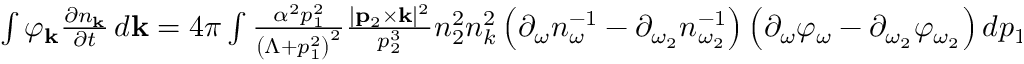
\begin{array} { r } { \int \varphi _ { \bf k } \frac { \partial n _ { \bf k } } { \partial t } \, d { \bf k } = 4 \pi \int \frac { \alpha ^ { 2 } p _ { 1 } ^ { 2 } } { \left( \Lambda + p _ { 1 } ^ { 2 } \right) ^ { 2 } } \frac { | { \bf p } _ { 2 } \times { \bf k } | ^ { 2 } } { p _ { 2 } ^ { 3 } } n _ { 2 } ^ { 2 } n _ { k } ^ { 2 } \left( \partial _ { \omega } n _ { \omega } ^ { - 1 } - \partial _ { \omega _ { 2 } } n _ { \omega _ { 2 } } ^ { - 1 } \right) \left( \partial _ { \omega } \varphi _ { \omega } - \partial _ { \omega _ { 2 } } \varphi _ { \omega _ { 2 } } \right) d p _ { 1 } \, d { \bf k } _ { 2 } \, d { \bf k } . } \end{array}